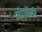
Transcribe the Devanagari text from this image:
ओज़ेरो